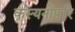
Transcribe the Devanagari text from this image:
कस्यनोपरि